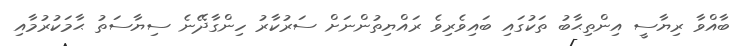
ބާއްވާ ރިޔާސީ އިންތިޙާބު ތަކުގައި ބައިވެރިވެ ރައްޔިތުންނަށް ސަރުކާރު ހިންގާދޭނެ ސިޔާސަތު ޙާމަކުރުމާއި